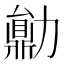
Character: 𠢼